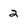
Character: 2